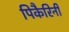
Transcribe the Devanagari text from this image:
पिकैरिनी